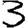
Digit: 3